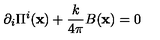
\partial _ { i } \Pi ^ { i } ( { \bf x } ) + \frac { k } { 4 \pi } B ( { \bf x } ) = 0